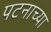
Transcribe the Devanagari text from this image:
पटनाच्या